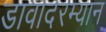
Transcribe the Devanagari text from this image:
डावादरम्यान